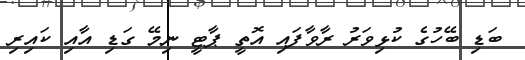
ބަޑި ބޭހުގެ ކުޅިވަރު ރާވާފައި އޮތީ ޕާޓީ ނިމޭ ގަޑި އާއި ކައިރި